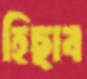
হিছাব